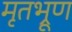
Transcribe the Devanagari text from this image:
मृतभ्रूण